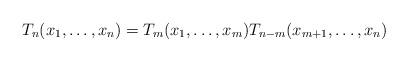
LaTeX: \begin{align*}T_n(x_1,\ldots,x_n)=T_m(x_1,\ldots,x_m)T_{n-m}(x_{m+1},\ldots,x_n)\end{align*}